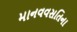
માનવવસતિના